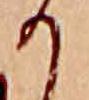
か